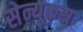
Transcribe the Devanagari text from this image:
सेन्यूकस